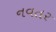
નવતર